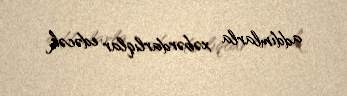
addımlarla xəbərdarlıqlar edəcək.